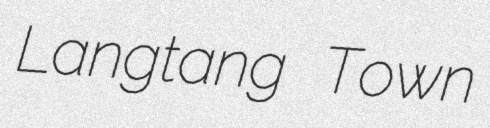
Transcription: Langtang Town